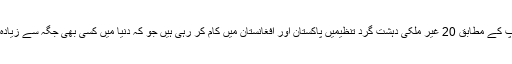
ٹرمپ کے مطابق 20 غیر ملکی دہشت گرد تنظیمیں پاکستان اور افغانستان میں کام کر رہی ہیں جو کہ دنیا میں کسی بھی جگہ سے زیادہ ہیں۔